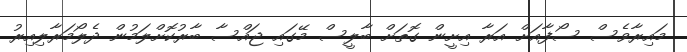
މައިރާވެސް ސޯފާއަށް އަރާ އިށީން ގޮތަށް ބާލީސް މޭގައި ޖައްސާ ބާރުކޮށްލަމުން ދެލޯމަރާލިއިރު